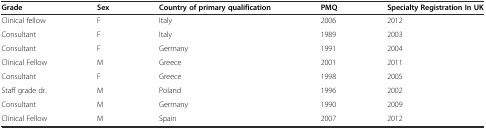
| Grade | Sex | Country of primary qualification | PMQ | Specialty Registration In UK |
 | --- | --- | --- | --- | --- |
 | Clinical fellow | F | Italy | 2006 | 2012 |
 | Consultant | F | Italy | 1989 | 2003 |
 | Consultant | F | Germany | 1991 | 2004 |
 | Clinical Fellow | M | Greece | 2001 | 2011 |
 | Consultant | F | Greece | 1998 | 2005 |
 | Staff grade dr. | M | Poland | 1996 | 2002 |
 | Consultant | M | Germany | 1990 | 2009 |
 | Clinical Fellow | M | Spain | 2007 | 2012 |